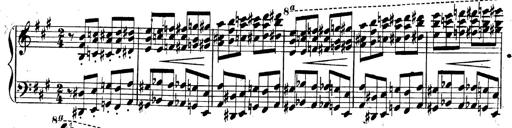
Title: 3 Caprices-Valses
Composer: Franz Liszt